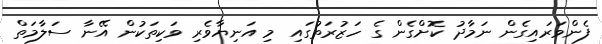
ފެންވަރައިގެން ނަމާދު ކޮށްގެން ގެ ހަޒުރަތުގައި މި އަނިޔާވެރި ވަކިތަކުން އޭނާ ސަލާމަތް